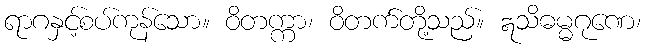
ရာဂနှင့်စပ်ကုန်သော။ ဝိတက္ကာ၊ ဝိတက်တို့သည်။ ဣသိဓမ္မဂုဏေ၊